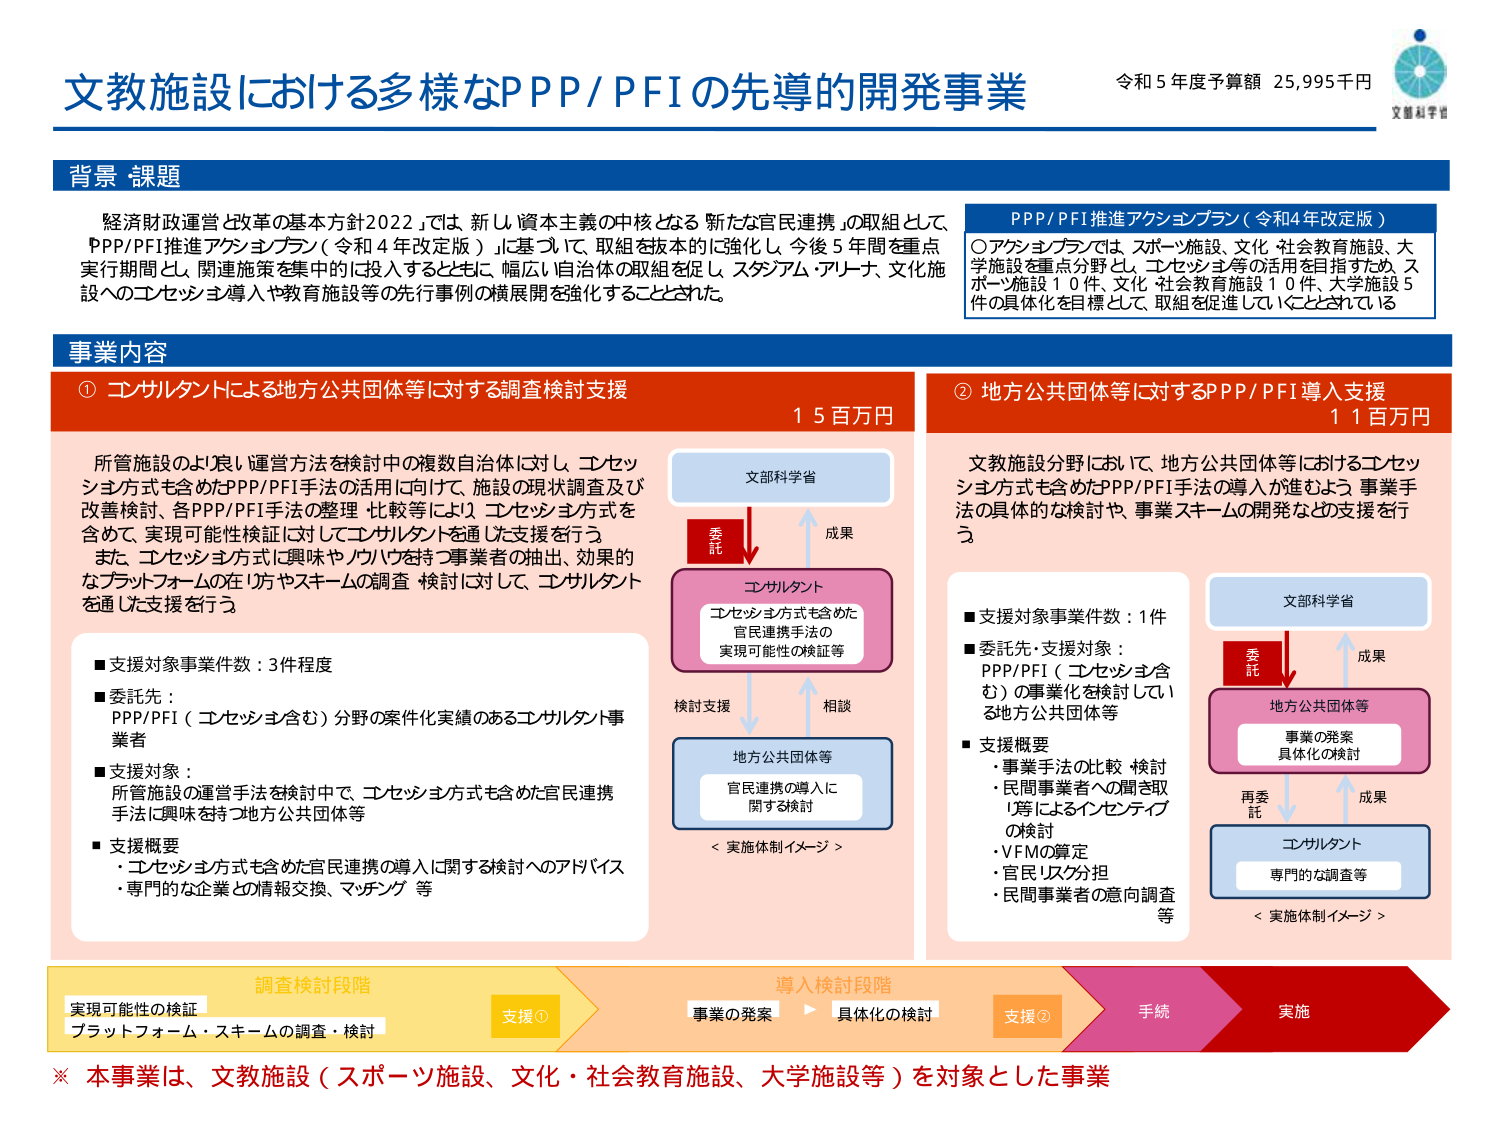
文教施設における多様なPPP/PFIの先導的開発事業
令和5年度予算額 25,995千円
文部科学省

背景 課題
経済財政運営と改革の基本方針2022」では、新しい資本主義の中核となる「新たな官民連携」の取組として、PPP/PFI推進アクションプラン（令和4年改定版）に基づいて、取組を抜本的に強化し、今後5年間を重点実行期間とし、関連施策を集中的に投入するとともに、幅広い自治体の取組を促し、スタジアム・アリーナ、文化施設へのコンセッション導入や教育施設等の先行事例の横展開を強化することとされた。

PPP/PFI推進アクションプラン（令和4年改定版）
○アクションプランでは、スポーツ施設、文化・社会教育施設、大学施設を重点分野とし、コンセッション等の活用を目指すため、スポーツ施設10件、文化・社会教育施設10件、大学施設5件の具体化を目標として、取組を促進していることとされている。

事業内容

① コンサルタントによる地方公共団体等に対する調査検討支援
15百万円

所管施設のよい運営方法を検討中の複数自治体に対し、コンセッション方式も含めたPPP/PFI手法の活用に向けて、施設の現状調査及び改善検討、各PPP/PFI手法の整理・比較等により、コンセッション方式を含めて、実現可能性検証に対してコンサルタントを通じた支援を行う。
また、コンセッション方式に興味やノウハウを持つ事業者の抽出、効果的なプラットフォームの在り方やスキームの調査・検討に対して、コンサルタントを通じた支援を行う。

■支援対象事業件数：3件程度
■委託先：
PPP/PFI（コンセッション含む）分野の案件化実績のあるコンサルタント事業者
■支援対象：
所管施設の運営手法を検討中で、コンセッション方式も含めた官民連携手法に興味を持つ地方公共団体等
■支援概要
・コンセッション方式も含めた官民連携の導入に関する検討へのアドバイス
・専門的な企業との情報交換、マッチング等

<実施体制イメージ>
文部科学省
↓委託
コンサルタント
（コンセッション方式も含めた官民連携手法の実現可能性の検証等）
↑成果
↓検討支援
地方公共団体等
（官民連携の導入に関する検討）
↑相談

② 地方公共団体等に対するPPP/PFI導入支援
11百万円

文教施設分野において、地方公共団体等におけるコンセッション方式も含めたPPP/PFI手法の導入が進むよう、事業手法の具体的な検討や、事業スキームの開発などの支援を行う。

■支援対象事業件数：1件
■委託先・支援対象：
PPP/PFI（コンセッション含む）の事業化を検討している地方公共団体等
■支援概要
・事業手法の比較・検討
・民間事業者への聞き取り等によるインセンティブの検討
・VFMの算定
・官民リスク分担
・民間事業者の意向調査等

<実施体制イメージ>
文部科学省
↓委託
地方公共団体等
（事業の発案・具体化の検討）
↑成果
↓再委託
コンサルタント
（専門的な調査等）
↑成果

調査検討段階 → 導入検討段階 → 手続 → 実施
実現可能性の検証
プラットフォーム・スキームの調査・検討
支援①
事業の発案 → 具体化の検討
支援②

※ 本事業は、文教施設（スポーツ施設、文化・社会教育施設、大学施設等）を対象とした事業